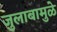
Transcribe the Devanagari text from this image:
जुलाबामुळे